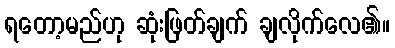
ရတော့မည်ဟု ဆုံးဖြတ်ချက် ချလိုက်လေ၏။